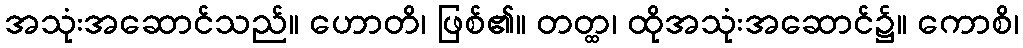
အသုံးအဆောင်သည်။ ဟောတိ၊ ဖြစ်၏။ တတ္ထ၊ ထိုအသုံးအဆောင်၌။ ကောစိ၊